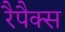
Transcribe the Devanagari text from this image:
रैपैक्स